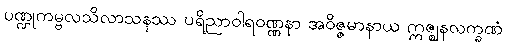
ပဏ္ဍုကမ္ဗလသိလာသနဿ ပရိညာဝါရဝဏ္ဏနာ အဝိဇ္ဇမာနာယ ဣဇ္ဈနလက္ခဏံ